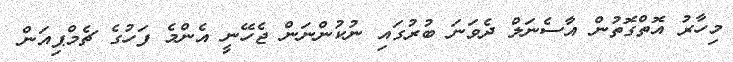
މިހާރު އޮތްގޮތުން އާސެނަލް ދެވަނަ ބުރުގައި ނުކުންނަން ޖެހޭނީ އެންމެ ފަހުގެ ޗެމްޕިއަން